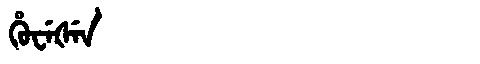
Manchu: ᡥᡠᠸᡝᡧᡝᠨ
Romanization: HUWEŠEN